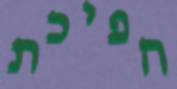
הפיכת